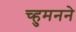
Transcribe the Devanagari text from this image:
च्हुमनने